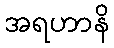
အရဟာနိ